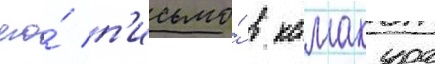
его́ п'исьмо́ в камакура